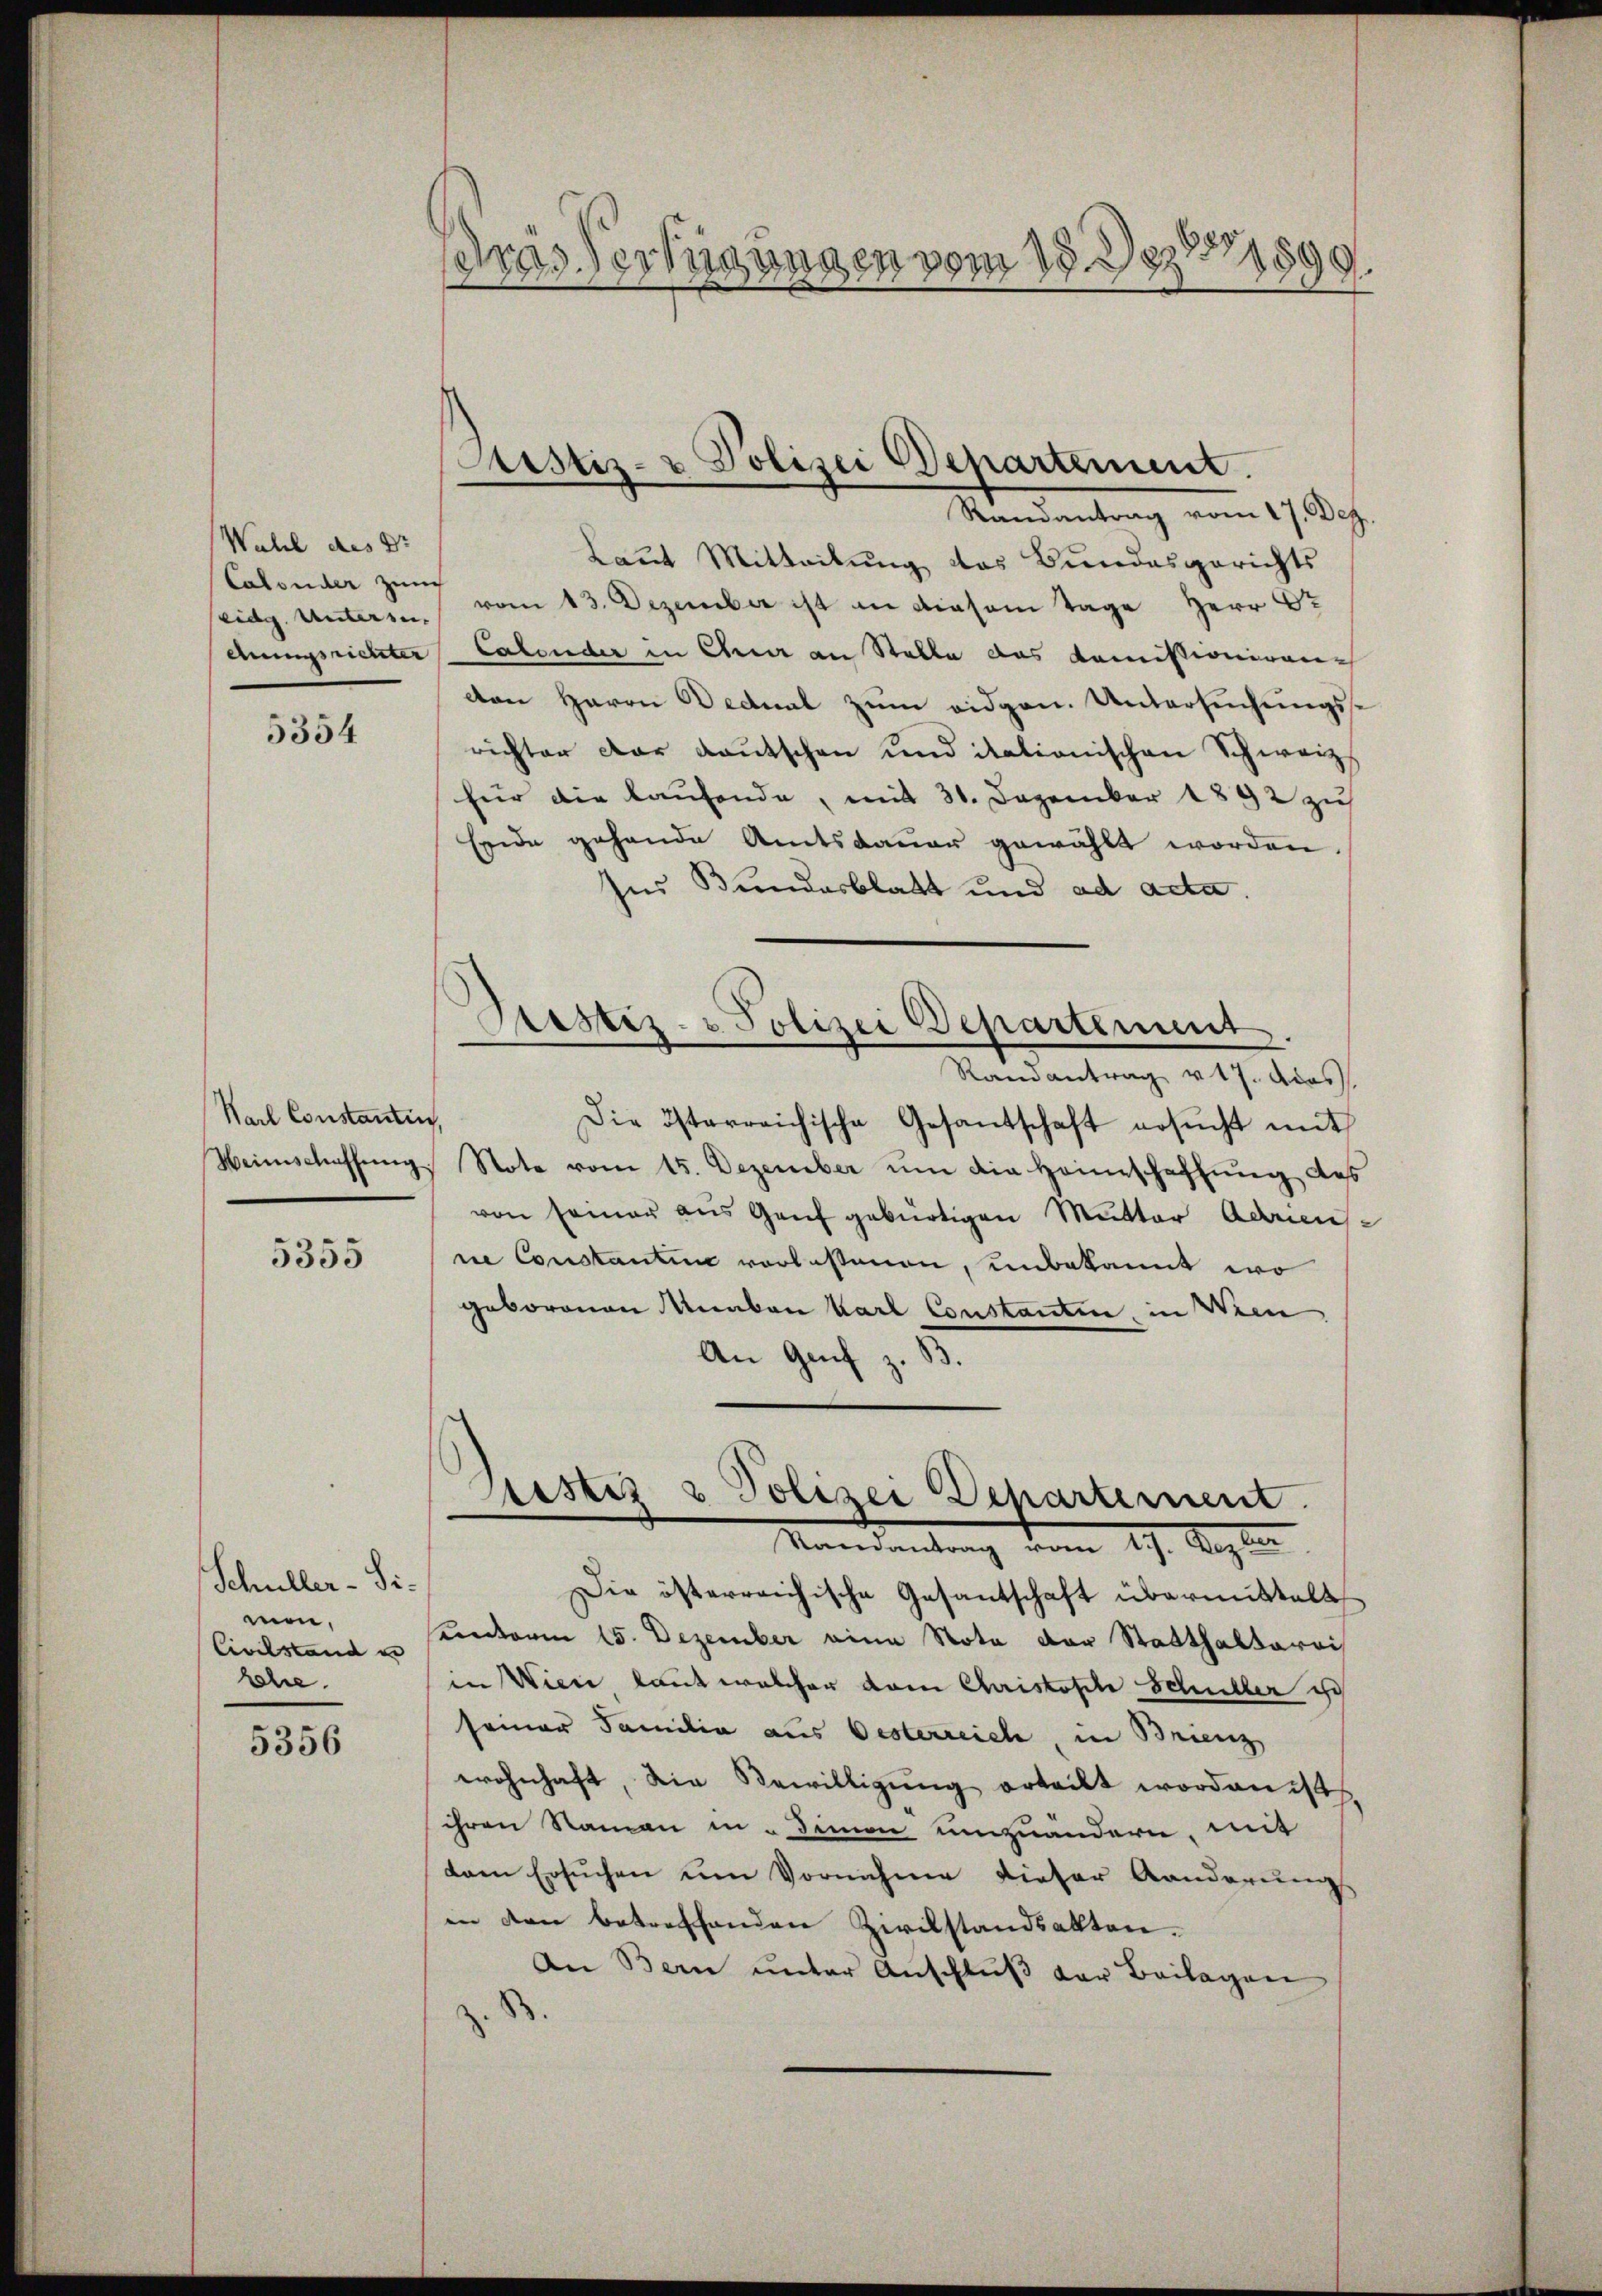
Wahl des Dr
Calonder zum
eidg. Unterie- |
Ausrichter

5354

Karl Constantin,

5355

Schuller-Simen,
Civilstand in
lehre

5356

dras Verfügungen vom 18. Dez. 1899.

Laut Mitteilung des Bundesgerichts
f
vom 13. Dezember ist an diesem Tage Herr Dr
Calender in Gener an Stelle das Komissioniren
den Herrn Bednal zum eidgen. Untersuchungsrichter der Kautschen und itationischen Schweiz.
für die laufende, mit 31. Dezember 1892 zu
Ende gehende Amtsdauer gewählt worden.
her Bundesblatt und ad acta.
Bestiz- & Polizei Departement
Randantrag v. 17. dies
Die österreichische Gesantschaft ersŭcht mit
Weinschaffŭng Note vom 15. Dezember um die Heimschaffung des
von seiner aus Genf gebürtigen Mutter Adenne Constantum vorlesenen, unbekannt wo
geborenen Anaton Karl Constantin, in Wein
An Genf z. 33.

Justiz- & Polizei Departement.
Randantrag vom 17. Dez.

ustiz & Polizei Departement
Randantrag vom 19. Septe

Die österreichische Gesantschaft übermittelt
uenderem 15. Dezember eine Nota der Statthalterai
in Wiene kannt welcher vom Christische Schuller ich
seiner Familia aus Oesterreich, in Brienz
wohnhaft, die Bewilligung erteilt worden ist.
ihren Namen in dimon umzuändern, mit
dann Ersuchen um Vornahme dieser Kanderungs
in den betreffenden Zivilstandsakten.
An Bern unter Anschluß der Beilagen